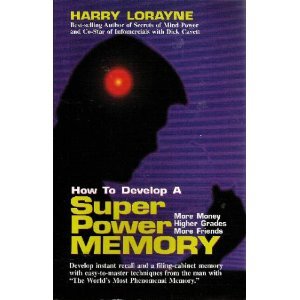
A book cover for How to Develop A Superpower Memory: More Money, Higher Grades, More Friends; Harry Lorayne; Self-Help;